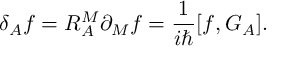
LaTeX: \delta _ { A } f = R _ { A } ^ { M } \partial _ { M } f = \frac { 1 } { i \hbar } [ f , G _ { A } ] .